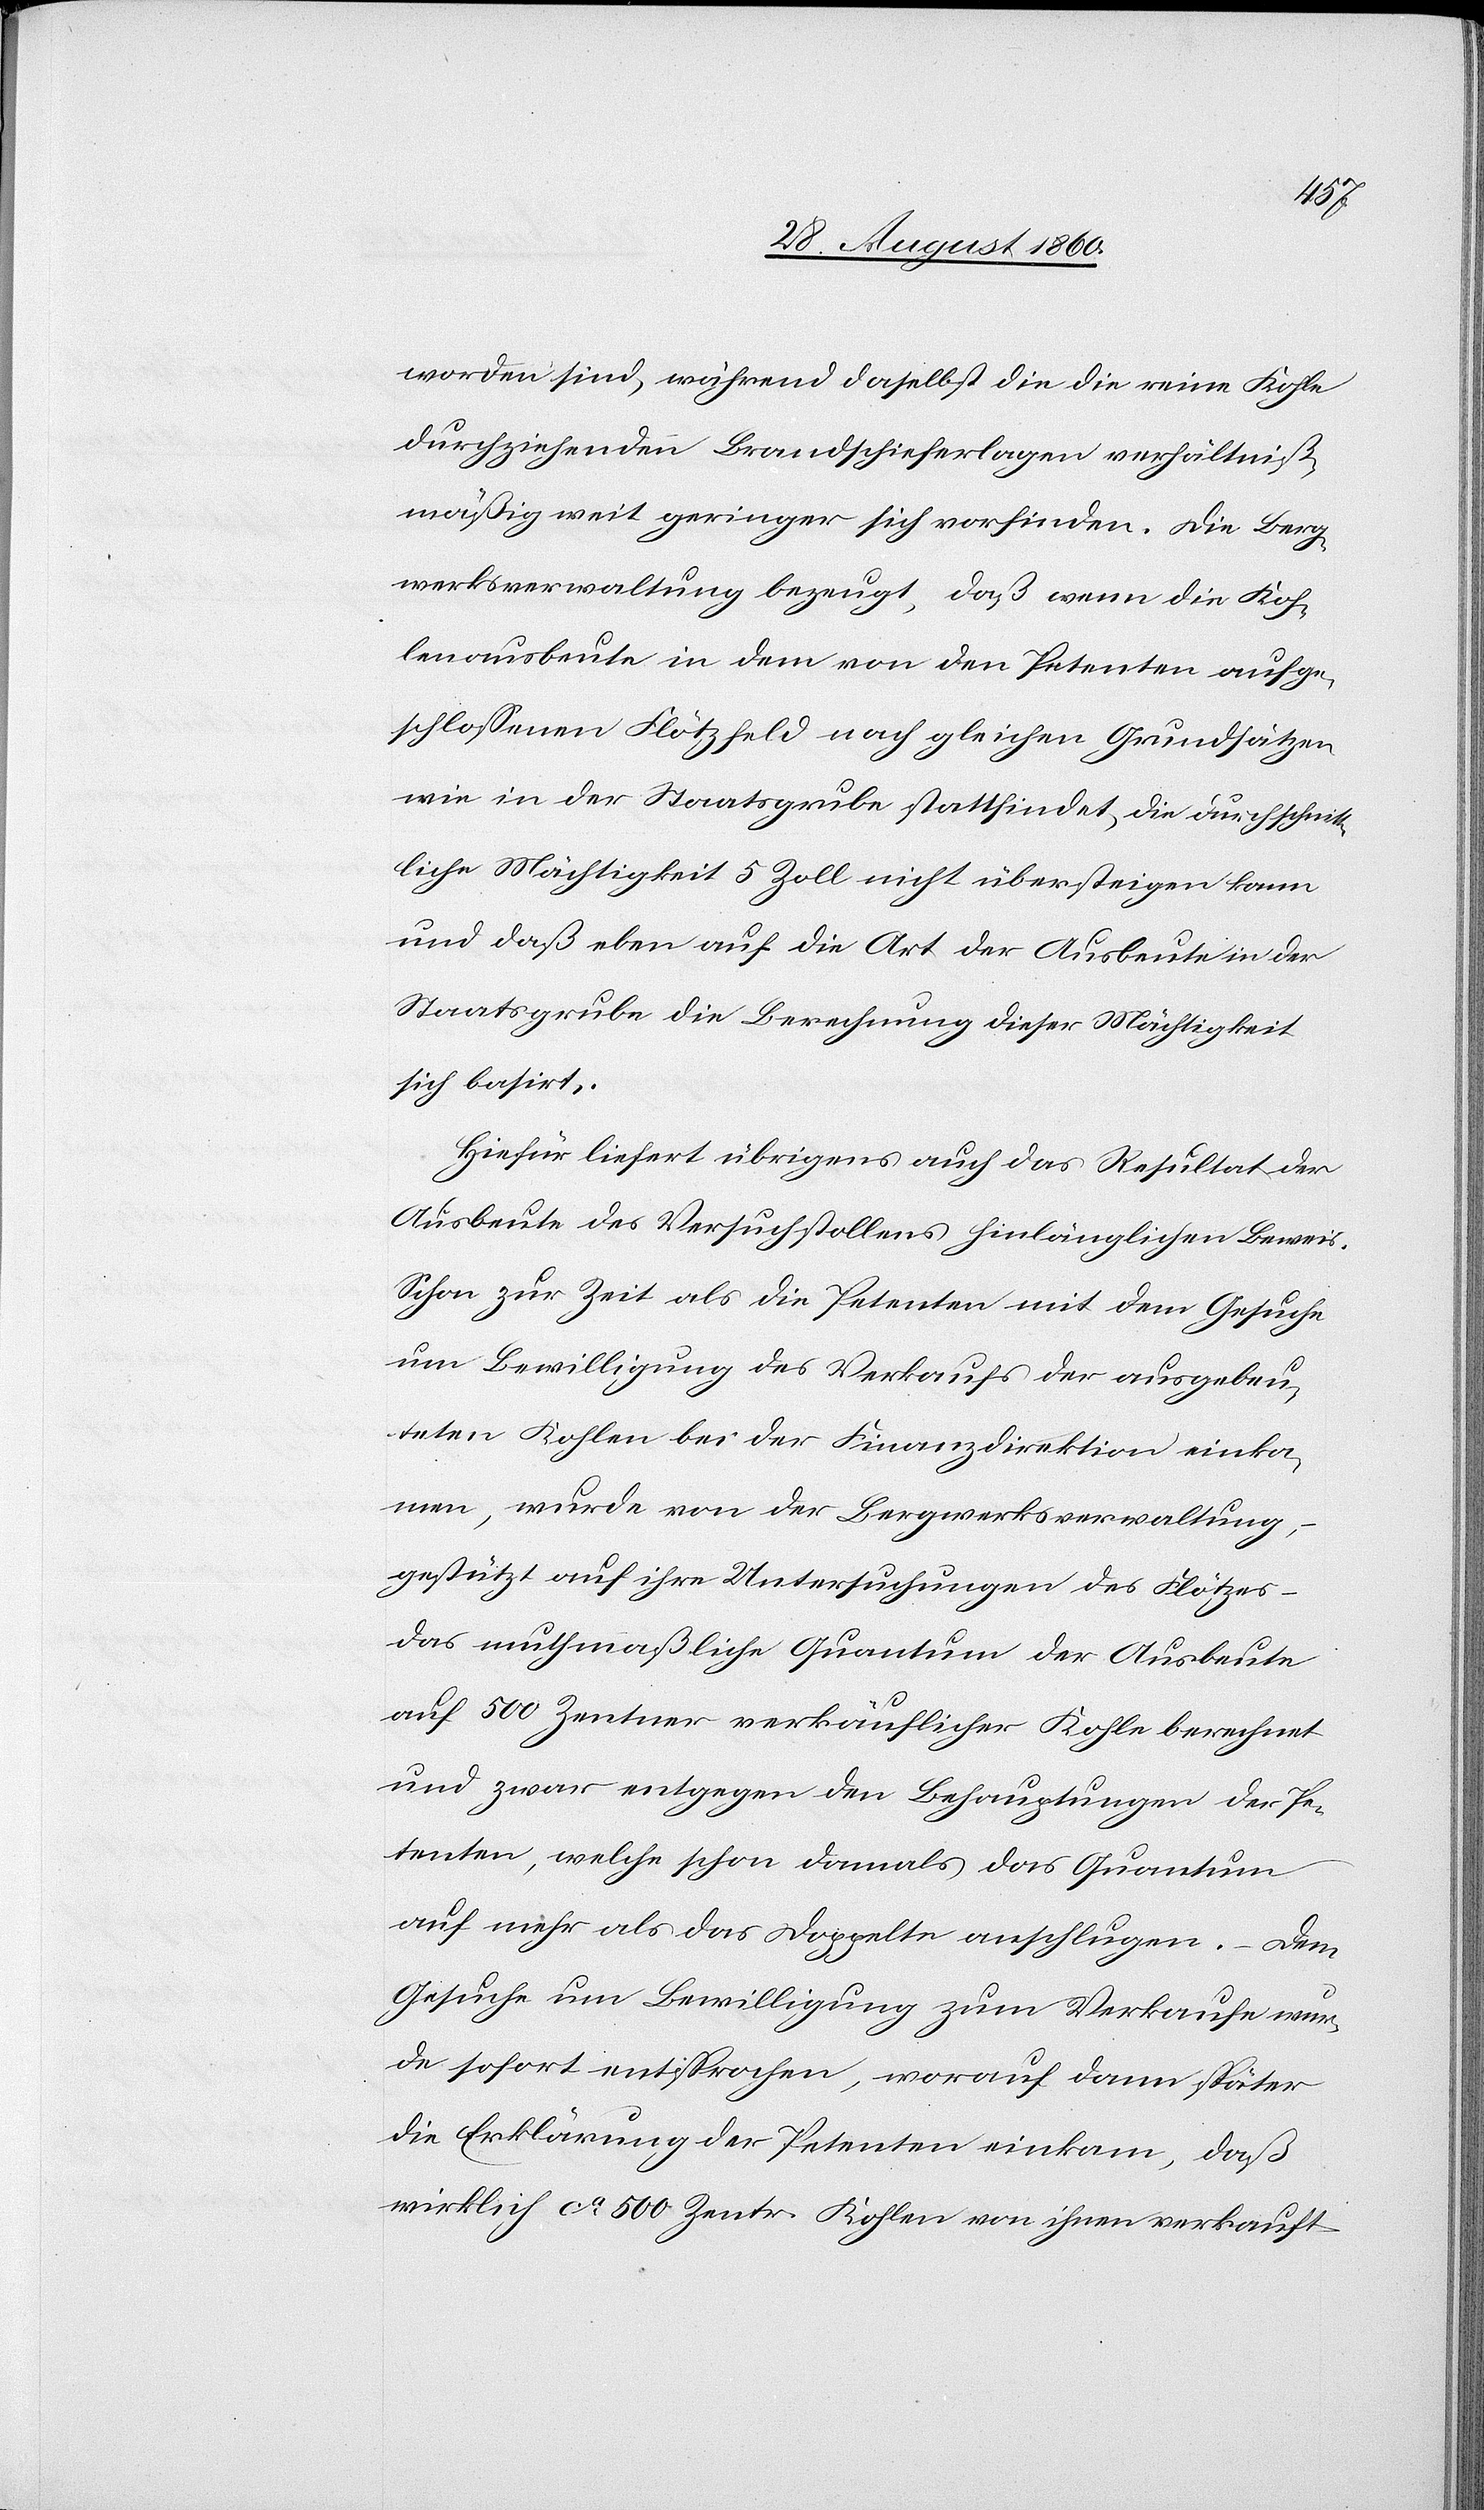
worden sind, während daselbst die die reine Kohle
durchziehenden Brandschieferlagen verhältnis¬
mässig weit geringer sich vorfinden. Die Berg¬
werksverwaltung bezeugt, dass wenn die Koh¬
lenausbeute in dem von den Petenten aufge¬
schlossenen Flötzfeld nach gleichen Grundsätzen
wie in der Staatsgrube stattfindet, die durchschnitt¬
liche Mächtigkeit 5 Zoll nicht übersteigen kann
u. dass eben auf die Art der Ausbeute in der
Staatsgrube die Berechnung dieser Mächtigkeit
sich basirt.
Hiefür liefert übrigens auch das Resultat der
Ausbeute des Versuchstollens hinlänglichen Beweis.
Schon zur Zeit, als die Petenten mit dem Gesuche
um Bewilligung des Verkaufs der ausgebeu¬
teten Kohlen bei der Finanzdirektion einko¬
mmen, wurde von der Bergwerksverwaltung
gestützt auf ihre Untersuchungen des Flötzes –
das muthmassliche Quantum der Ausbeute
auf 500 Centner verkäuflicher Kohle berechnet
u. zwar entgegen den Behauptungen der Pe¬
tenten, welche schon damals das Quantum
auf mehr als das Doppelte aufschlugen. Dem
Gesuche um Bewilligung zum Verkaufe wur¬
de sofort entsprochen, worauf dann später
die Erklärung der Petenten einkam, dass
wirklich ca 500 Ctnr. Kohlen von ihnen verkauft